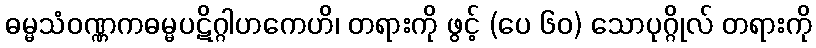
ဓမ္မသံဝဏ္ဏကဓမ္မပဋိဂ္ဂါဟကေဟိ၊ တရားကို ဖွင့် (ပေ ၆၀) သောပုဂ္ဂိုလ် တရားကို